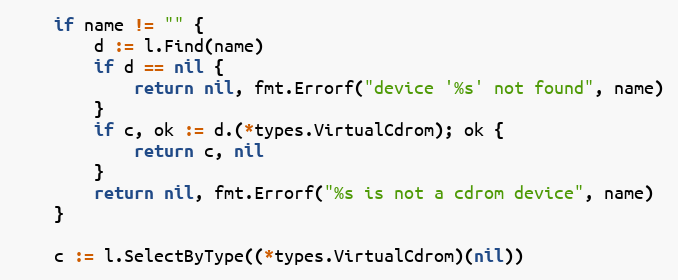
Language: Go
	if name != "" {
		d := l.Find(name)
		if d == nil {
			return nil, fmt.Errorf("device '%s' not found", name)
		}
		if c, ok := d.(*types.VirtualCdrom); ok {
			return c, nil
		}
		return nil, fmt.Errorf("%s is not a cdrom device", name)
	}

	c := l.SelectByType((*types.VirtualCdrom)(nil))